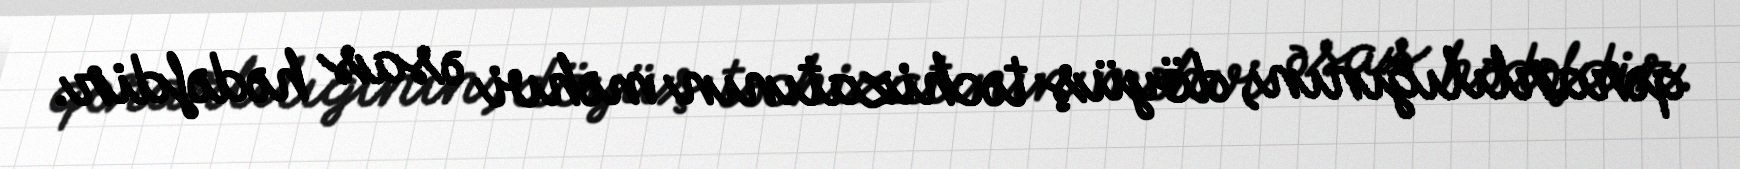
qərarlılığının, döyüş təchizatının məhvi əsas hədəfdir.